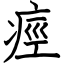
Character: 痙